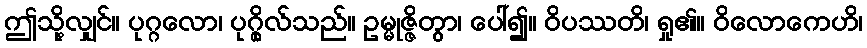
ဤသို့လျှင်။ ပုဂ္ဂလော၊ ပုဂ္ဂိုလ်သည်။ ဥမ္မုဇ္ဇိတွာ၊ ပေါ်၍။ ဝိပဿတိ၊ ရှု၏။ ဝိလောကေဟိ၊